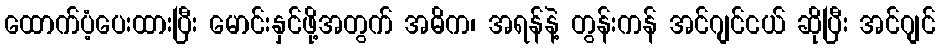
ထောက်ပံ့ပေးထားပြီး မောင်းနှင်ဖို့အတွက် အဓိက၊ အရန်နဲ့ တွန်းကန် အင်ဂျင်ငယ် ဆိုပြီး အင်ဂျင်